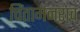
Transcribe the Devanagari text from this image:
चिंतामनराव